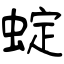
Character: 蝊